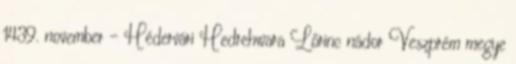
1439. november – Hédervári Hedrehwara Lőrinc nádor Veszprém megye